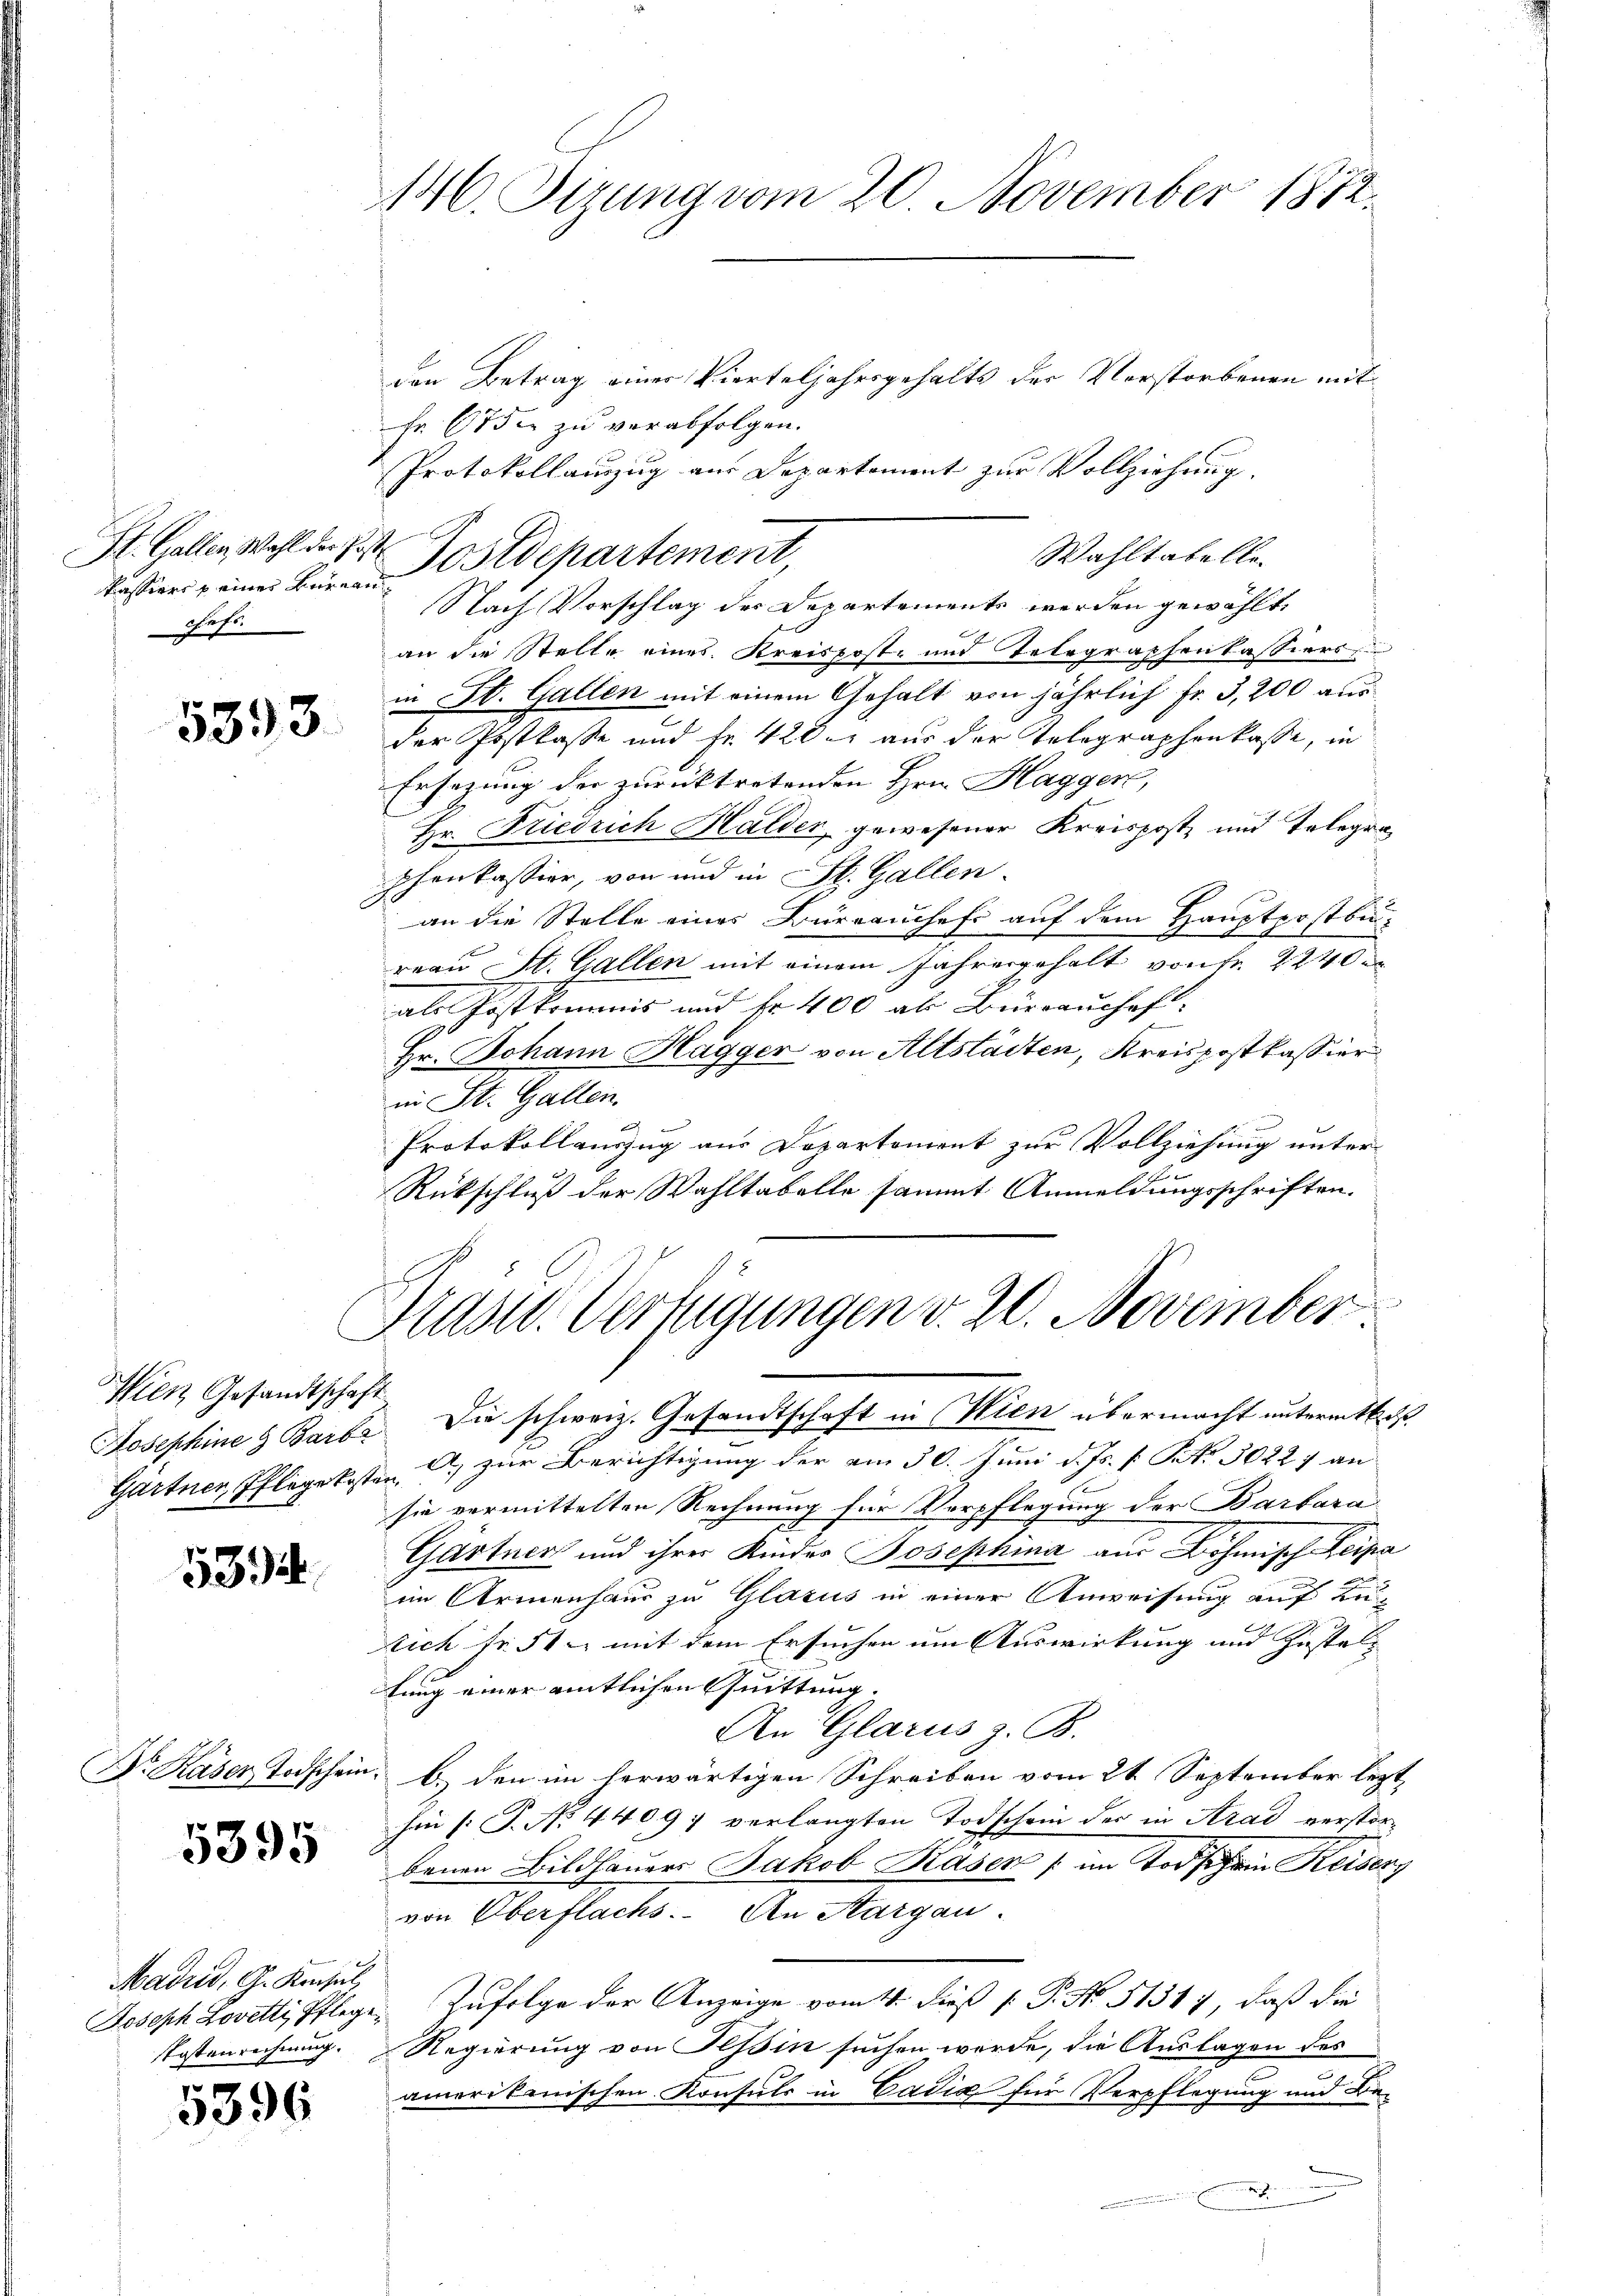
St. Gallen Wahl der Jost
chefs.

5393.

Wien Gesandtschaft

534.

5395

Madrid, G. Konsul

5396

146. Sirung vom 20. November 1812.

den Betrag einer Vierteljahrsgehalts der Verstorbenen mit
Fr. 67 die zu verabfolgen.
Protokollanzug aus Departement zur Vollziehung.
Nach Vorschlag des Departements werden gewählt
an die Stelle eines Kreispost- und Telegraphenkassiers
in St. Gallen mit einem Gehalt von jährlich Fr. 3,200 aus
der Postkasse und Fr. 420. aus der Telegraphenkasse, in
Ersezung der zurücktretenden Hrn. Hagger,
Hr. Friedrich Halder gewesener Kreispost und Telegraphonkassier, von und in St. Gallen.
an die Stelle eines Bürrauchefs auf dem Hauptpost be-
reau St. Gallen mit einem Jahresgehalt von fr. 2240
als Postkommis und fr. 400 als Büreauschaft
Hr. Johann Hagger von Altstädten, Kreispostkassier
in St. Gallen.
Protokollauszug aus Departement zur Vollziehung unter-
Rückschluß der Wahltabelle sammt Anmeldungsschriften.

Wahltabelle
kassives einer Bernen Postdepartement,

f
Präsid. Verfügungen v. 20. November

Josephine  Barb. Die schweiz. Gesandtschaft in Wien übermacht untermitta
Gärtner, Pflegekosten C. zur Berichtigung der am 30. Juni d. Js. f. No. 30227 an
sie vermittelten Rechnung für Verpflegung der Barbara
Gärtner und ihrer Kinder Josephina aus Böhmisch Leipa
im Armenhaus zu Glarus in einer Anweisung auf Ku-
sich test mit dem Ersuchen um Auswirkung und Zusteltung einer amtlichen Quittung.
An Glarus z. B.
Dr Kaser Todschein; b.) den im herwärtigen Schreiben vom 21 September lezt
hau [T. No. 4409; verlangten Todschein der in Arad verstorbenen Bildhauers Jakob Kaser (im Todschen Reiser
von Oberflachs. An Aargau.
Joseph Lovetti, Pflege, Zufolge der Anzeige vom 4. dieß [ P. No. 51347, daß die
Postenrechnung. Regierung von Tessin suchen werde, die Auslagen des
amerikanischen Konsuls in Cadia für Verpflegung und Be-